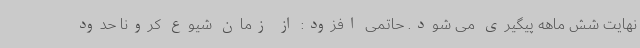
نهایت شش ماهه پیگیری می شود. حاتمی افزود: از زمان شیوع کرونا حدود